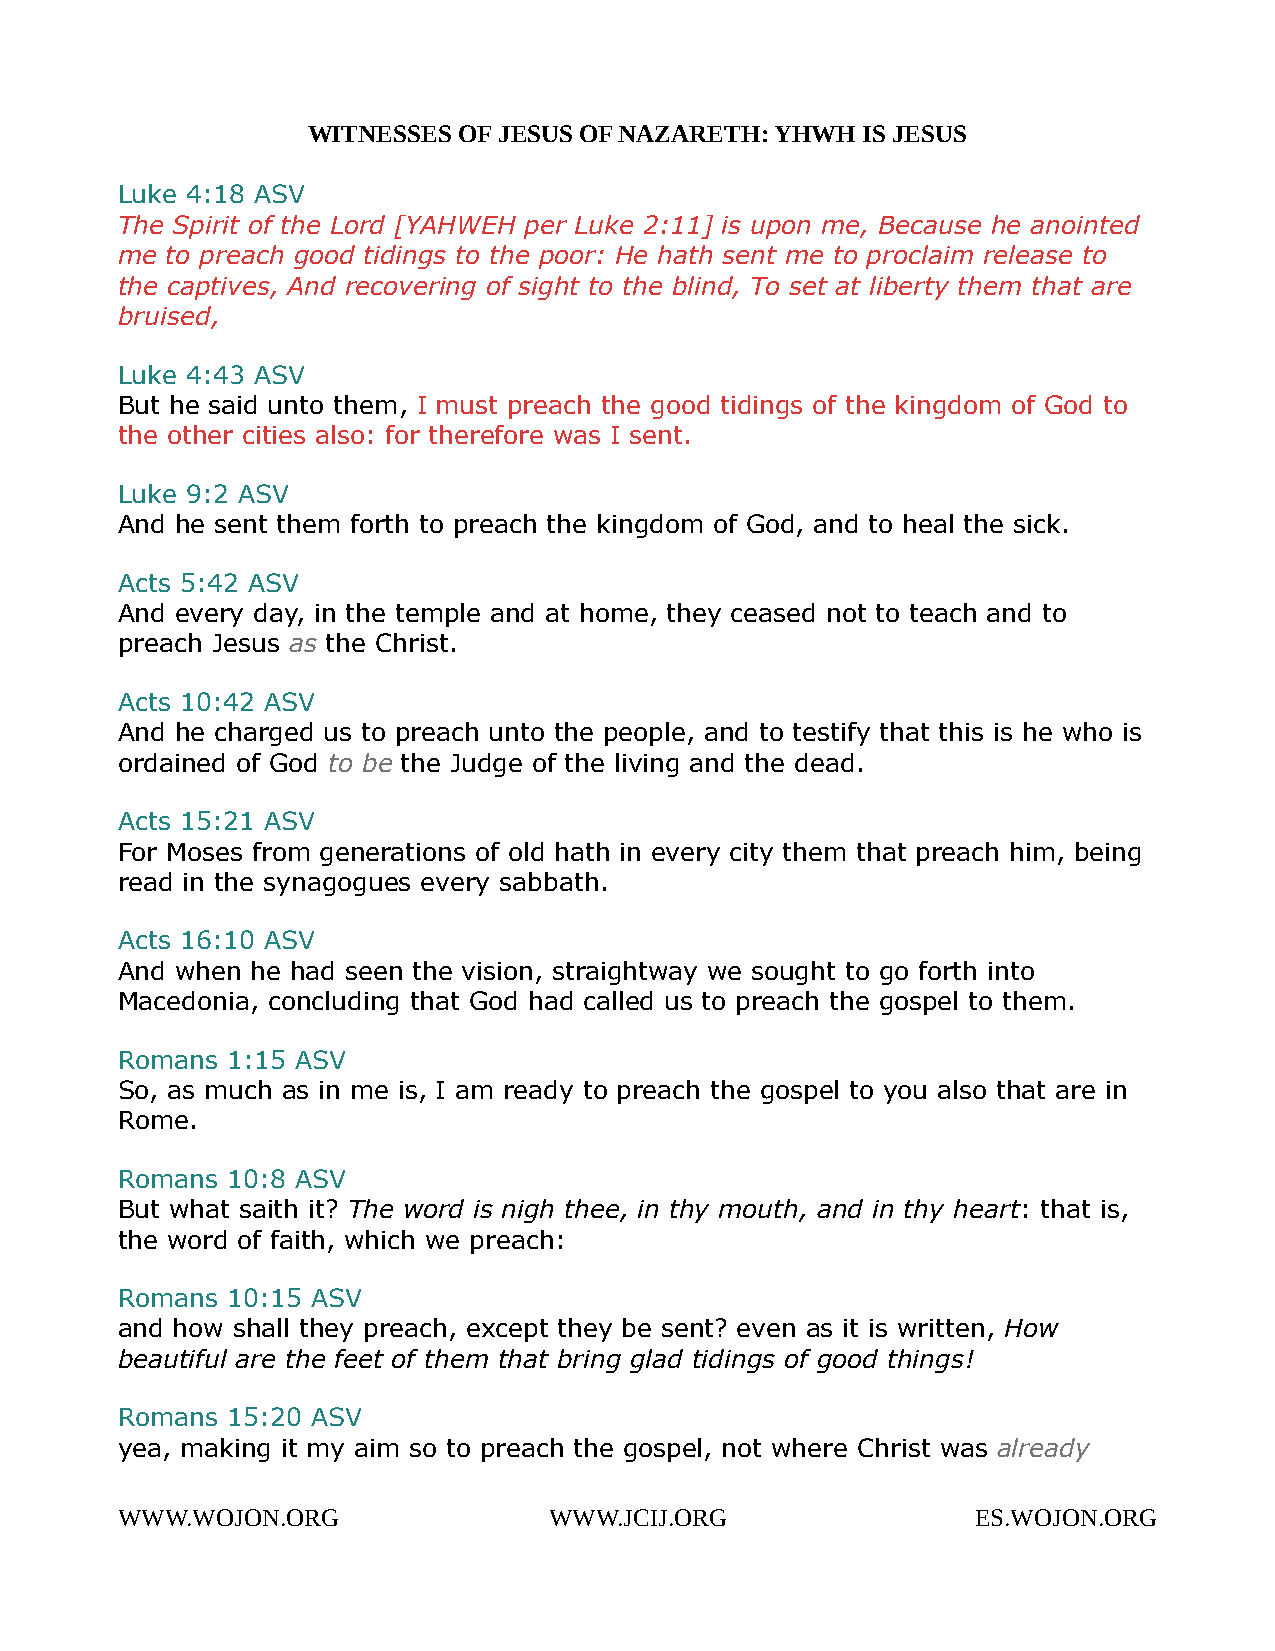
WITNESSES OF JESUS OF NAZARETH: YHWH IS JESUS
 Luke 4:18 ASV
 The Spirit of the Lord [YAHWEH per Luke 2:11] is upon me, Because he anointed
 me to preach good tidings to the poor: He hath sent me to proclaim release to
 the captives, And recovering of sight to the blind, To set at liberty them that are
 bruised,
 Luke 4:43 ASV
 But he said unto them, I must preach the good tidings of the kingdom of God to
 the other cities also: for therefore was I sent.
 Luke 9:2 ASV
 And he sent them forth to preach the kingdom of God, and to heal the sick.
 Acts 5:42 ASV
 And every day, in the temple and at home, they ceased not to teach and to
 preach Jesus as the Christ.
 Acts 10:42 ASV
 And he charged us to preach unto the people, and to testify that this is he who is
 ordained of God to be the Judge of the living and the dead.
 Acts 15:21 ASV
 For Moses from generations of old hath in every city them that preach him, being
 read in the synagogues every sabbath.
 Acts 16:10 ASV
 And when he had seen the vision, straightway we sought to go forth into
 Macedonia, concluding that God had called us to preach the gospel to them.
 Romans 1:15 ASV
 So, as much as in me is, I am ready to preach the gospel to you also that are in
 Rome.
 Romans 10:8 ASV
 But what saith it? The word is nigh thee, in thy mouth, and in thy heart: that is,
 the word of faith, which we preach:
 Romans 10:15 ASV
 and how shall they preach, except they be sent? even as it is written, How
 beautiful are the feet of them that bring glad tidings of good things!
 Romans 15:20 ASV
 yea, making it my aim so to preach the gospel, not where Christ was already
 WWW.WOJON.ORG               WWW.JCIJ.ORG                 ES.WOJON.ORG